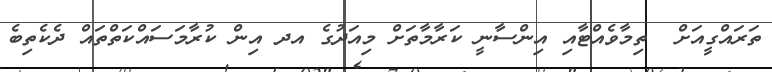
ތަރައްގީއަށް  ތިމާވެއްޓާއި އިންސާނީ ކަރާމާތަށް މިއަދުގެ އދ އިން ކުރާމަސައްކަތްތައް ދެކެތިބެ